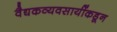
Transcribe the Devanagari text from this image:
वैद्यकव्यवसायींकडून